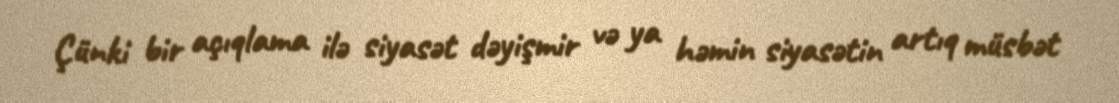
Çünki bir açıqlama ilə siyasət dəyişmir və ya həmin siyasətin artıq müsbət